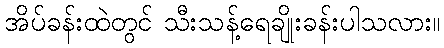
အိပ်ခန်းထဲတွင် သီးသန့်ရေချိုးခန်းပါသလား။